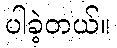
ပါခဲ့တယ်။